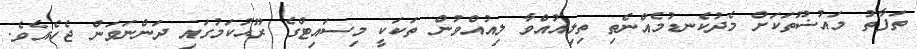
ތަފާތު މައުޟޫތަކަށް މެދުކެނޑުމެއްނެތި ތިލިއުއްވާ ލިއުއްވުން ތަކަކީ މިސައިޓްގެ ރޫޙުކަމުގައި ދަންނަވަން ޖެހެއެވެ.